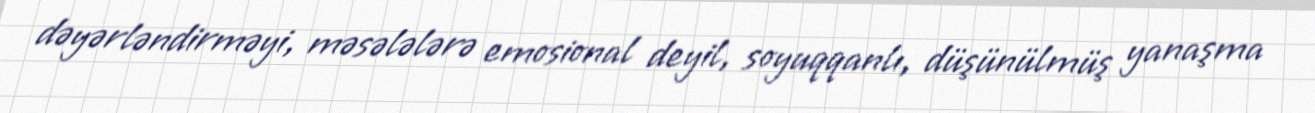
dəyərləndirməyi, məsələlərə emosional deyil, soyuqqanlı, düşünülmüş yanaşma